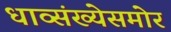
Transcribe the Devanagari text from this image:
धाव्संख्येसमोर